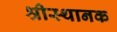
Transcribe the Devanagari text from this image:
श्रीस्थानक